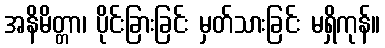
အနိမိတ္တာ၊ ပိုင်းခြားခြင်း မှတ်သားခြင်း မရှိကုန်။